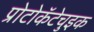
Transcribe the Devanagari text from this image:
प्रोटोकॅटेचुइक